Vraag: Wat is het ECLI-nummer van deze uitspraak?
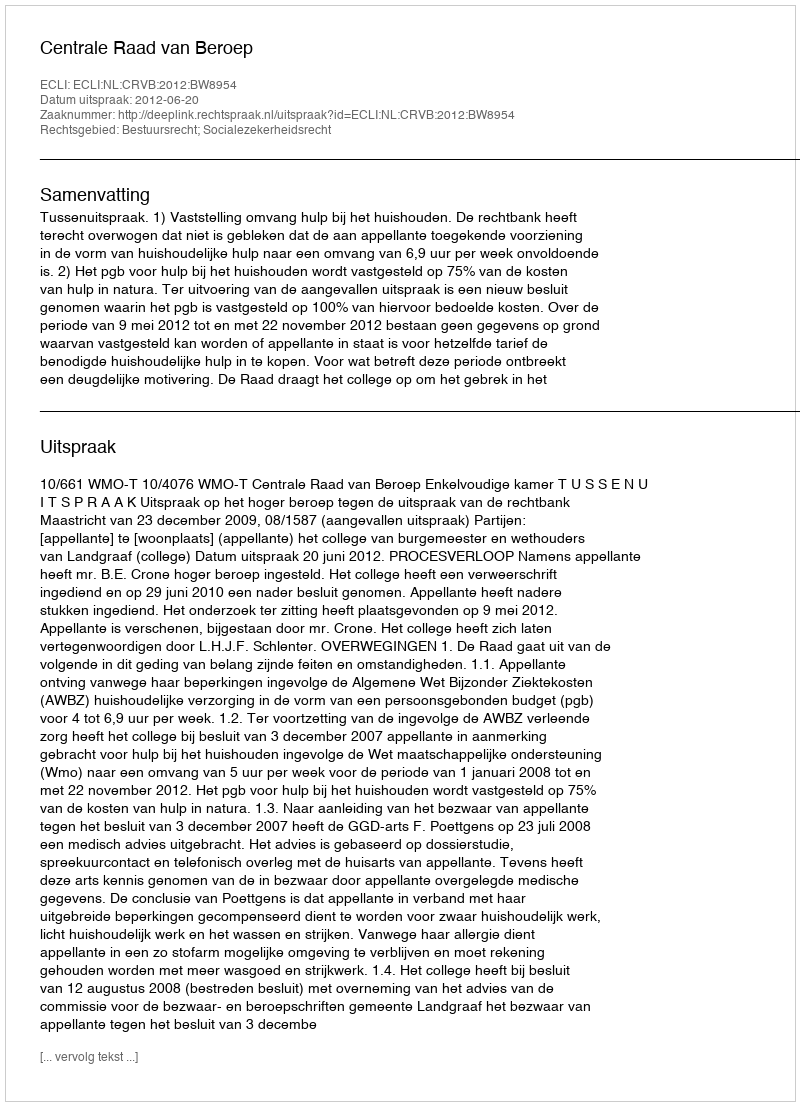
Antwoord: ECLI:NL:CRVB:2012:BW8954